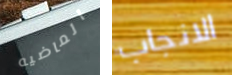
الماضيه الانجاب